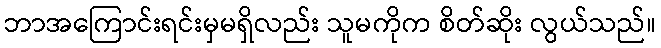
ဘာအကြောင်းရင်းမှမရှိလည်း သူမကိုက စိတ်ဆိုး လွယ်သည်။